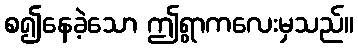
စ၍နေခဲ့သော ဤရွာကလေးမှသည်။